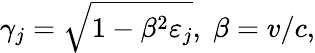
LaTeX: \gamma_{j}=\sqrt{1-\beta^{2}\varepsilon_{j}},\; \beta=v/c,